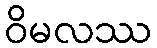
ဝိမလဿ